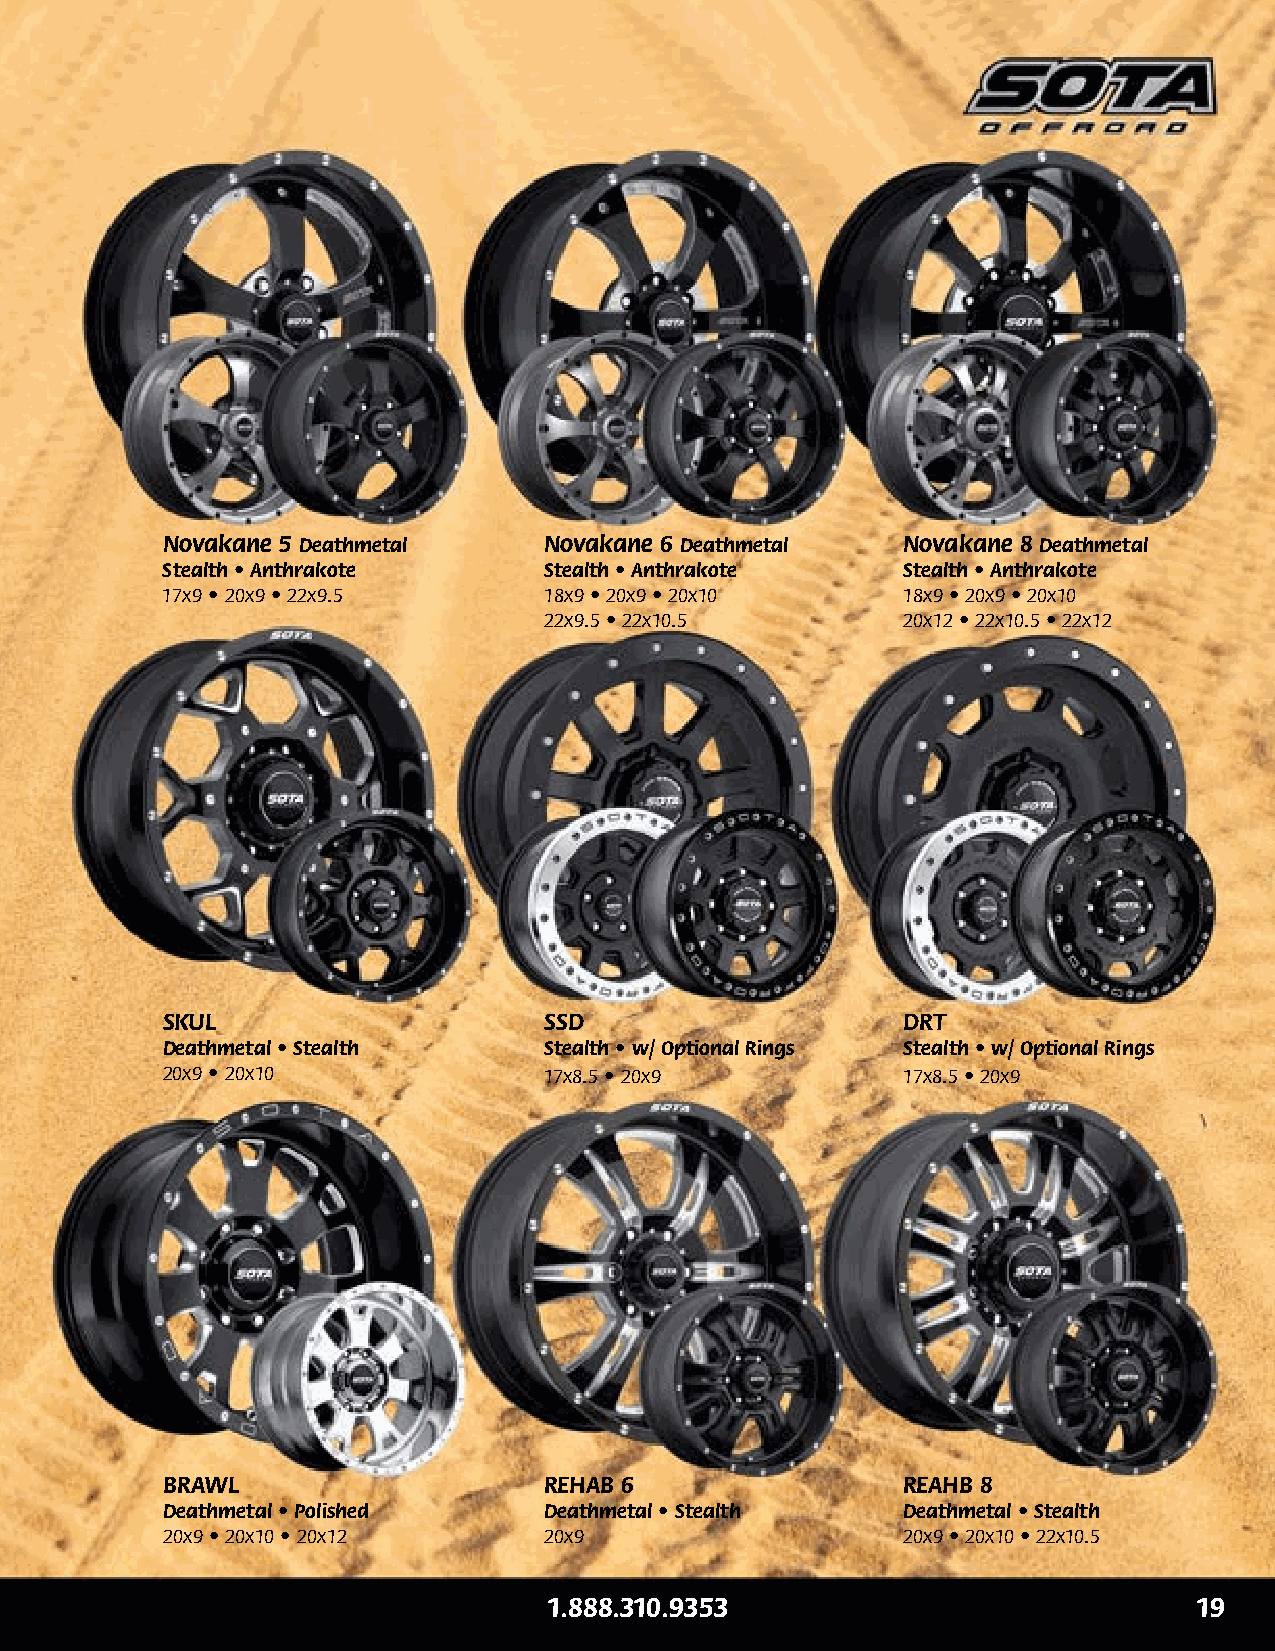
JATO       Novakane 5 Deathmetal    Novakane 6 Deathmetal   Novakane 8 Deathmetal
 Ghost Metal • Anthrakote Black Stealth • Anthrakote Stealth • Anthrakote Stealth • Anthrakote
 20x9 • 20x10 • 22x9.5 • 22x12 17x9 • 20x9 • 22x9.5 18x9 • 20x9 • 20x10 18x9 • 20x9 • 20x10
 22x9.5 • 22x10.5        20x12 • 22x10.5 • 22x12
 SKUL                     SSD                     DRT
 Deathmetal • Stealth     Stealth • w/ Optional Rings Stealth • w/ Optional Rings
 20x9 • 20x10             17x8.5 • 20x9           17x8.5 • 20x9
 BRAWL                    REHAB 6                 REAHB 8
 Deathmetal • Polished    Deathmetal • Stealth    Deathmetal • Stealth
 20x9 • 20x10 • 20x12     20x9                    20x9 • 20x10 • 22x10.5
 1.888.310.9353                             19